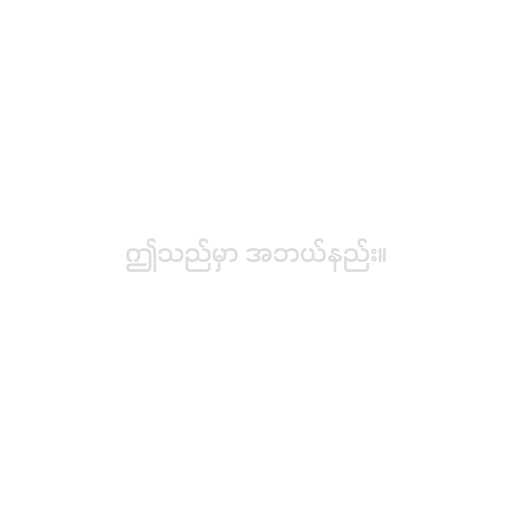
ဤသည်မှာ အဘယ်နည်း။